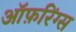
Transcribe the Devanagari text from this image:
ऑफ़रिंग्स